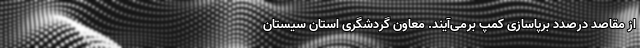
از مقاصد درصدد برپاسازی کمپ برمی‌آیند. معاون گردشگری استان سیستان